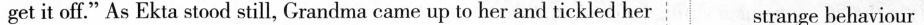
get it off."As Ekta stood still, Grandma came up to her and tickled her strange behaviour